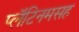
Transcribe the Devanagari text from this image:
प्लॅटिनमसह